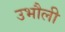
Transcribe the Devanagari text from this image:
उभौली